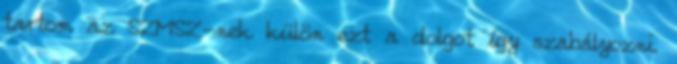
tartom az SZMSZ-nek külön ezt a dolgot így szabályozni.